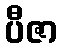
ပီဇာ